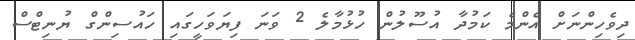
ދިވެހިންނަށް އެންމެ ކަމުދާ އުސޫލުން ހުޅުމާލެ 2 ވަނަ ފިޔަވަހީގައި ހައުސިންގް ޔުނިޓްސް